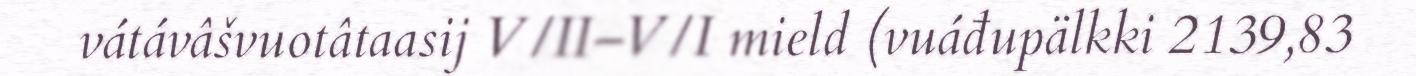
vátávâšvuotâtaasij V/II–V/I mield (vuáđupälkki 2139,83